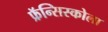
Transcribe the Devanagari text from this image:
फ्रॅन्सिस्कोला